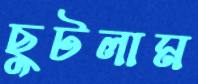
ছুটলাম